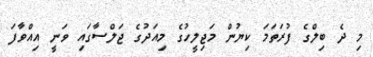
މި ދެ ބިލްގެ ފުރަތަމަ ކިޔުން މަޖިލީހުގެ މިއަދުގެ ޖަލްސާގައި ވަނީ އިއްވާފަ